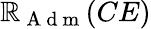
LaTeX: \mathbb{R}_{\mathrm{{~A~d~m~}}}(CE)